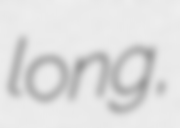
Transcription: long,